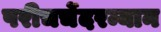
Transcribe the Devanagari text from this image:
परीचर्चेदरम्यान